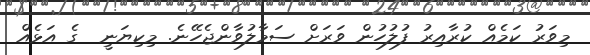
މިވަރު ކަމެއް ކުރާއިރު ފުލުހުން ވަރަށް ސަމާލުވާންޖެހޭނެ. މިކިޔަނީ  ގެ އަޅެއް